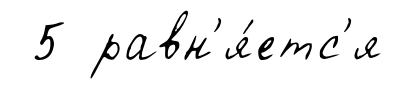
5 равн'я́етс'я